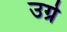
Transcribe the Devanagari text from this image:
उग्रे